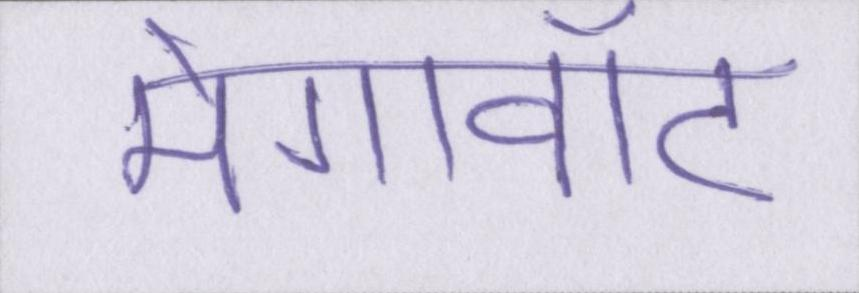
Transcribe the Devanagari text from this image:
मेगावॉट